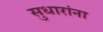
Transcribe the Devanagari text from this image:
सुधारांना